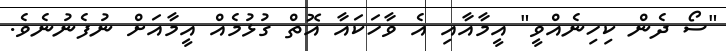
"ސޯ ދެން ކިހިނެއްވީ" އީމާއާއި އެ ވާހަކައާ އޮތް ގުޅުމެއް އީމާއަށް ނުފެނުނެވެ.